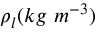
\rho _ { l } ( k g \ m ^ { - 3 } )